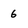
Character: 6